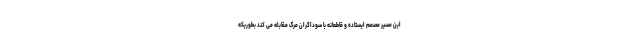
این مسیر مصمم ایستاده و قاطعانه با سوداگران مرگ مقابله می کند بطوریکه